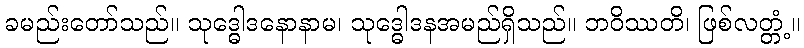
ခမည်းတော်သည်။ သုဒ္ဓေါဒနောနာမ၊ သုဒ္ဓေါဒနအမည်ရှိသည်။ ဘဝိဿတိ၊ ဖြစ်လတ္တံ့။